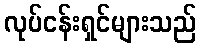
လုပ်ငန်းရှင်များသည်